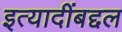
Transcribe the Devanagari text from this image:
इत्यादींबद्दल